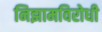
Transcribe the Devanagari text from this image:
निझामविरोधी